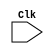
module OF_EX (
              input Clk
              );
              
wire Clk;
reg [31:0] Instruction,pc_current,BranchTarget,Op2,Op1,Immx;
reg IsSt, IsLd, IsBeq, IsBgt, IsRet, IsImmediate, IsWb, IsUBranch, IsCall;
reg [4:0] AluSignal;

                   always @(negedge Clk )
                   begin
                   # 9.99
                   Instruction   <= P.PR1.Instruction;
                   pc_current    <= P.PR1.pc_current;
                   BranchTarget  = P.BranchTarget;
                   Op1           = P.Op1;
                   Op2           = P.Op2;
                   IsSt          = P.IsSt;
                   IsLd          = P.IsLd;
                   IsBeq         = P.IsBeq;
                   IsBgt         = P.IsBgt;
                   IsRet         = P.IsRet;
                   IsImmediate   = P.IsImmediate;
                   IsWb          = P.IsWb;
                   IsUBranch     = P.IsUBranch;
                   IsCall        = P.IsCall;
                   AluSignal     = P.AluSignal;
                   Immx          = P.Immx;
                   
                   end
                   
                   endmodule